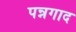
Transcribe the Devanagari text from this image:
पन्नगाद